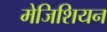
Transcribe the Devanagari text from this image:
मेजिशियन